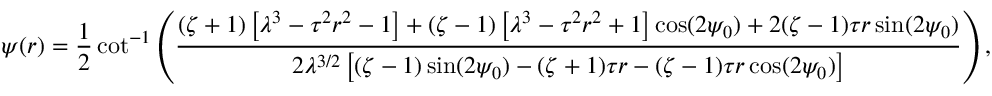
\psi ( r ) = \frac { 1 } { 2 } \cot ^ { - 1 } \left( \frac { ( \zeta + 1 ) \left[ \lambda ^ { 3 } - \tau ^ { 2 } r ^ { 2 } - 1 \right] + ( \zeta - 1 ) \left[ \lambda ^ { 3 } - \tau ^ { 2 } r ^ { 2 } + 1 \right] \cos ( 2 \psi _ { 0 } ) + 2 ( \zeta - 1 ) \tau r \sin ( 2 \psi _ { 0 } ) } { 2 \lambda ^ { 3 / 2 } \left[ ( \zeta - 1 ) \sin ( 2 \psi _ { 0 } ) - ( \zeta + 1 ) \tau r - ( \zeta - 1 ) \tau r \cos ( 2 \psi _ { 0 } ) \right] } \right) ,